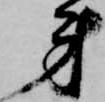
弟